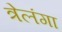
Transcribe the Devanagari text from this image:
त्रेलंगा